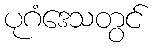
ပုဂံဒေသတွင်